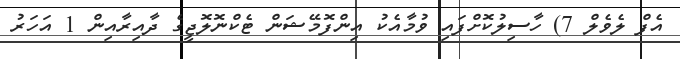
އެފް ލެވެލް 7) ހާސިލުކޮށްފައި ވުމާއެކު އިންފޮމޭޝަން ޓެކްނޮލޮޖީގެ ދާއިރާއިން 1 އަހަރު